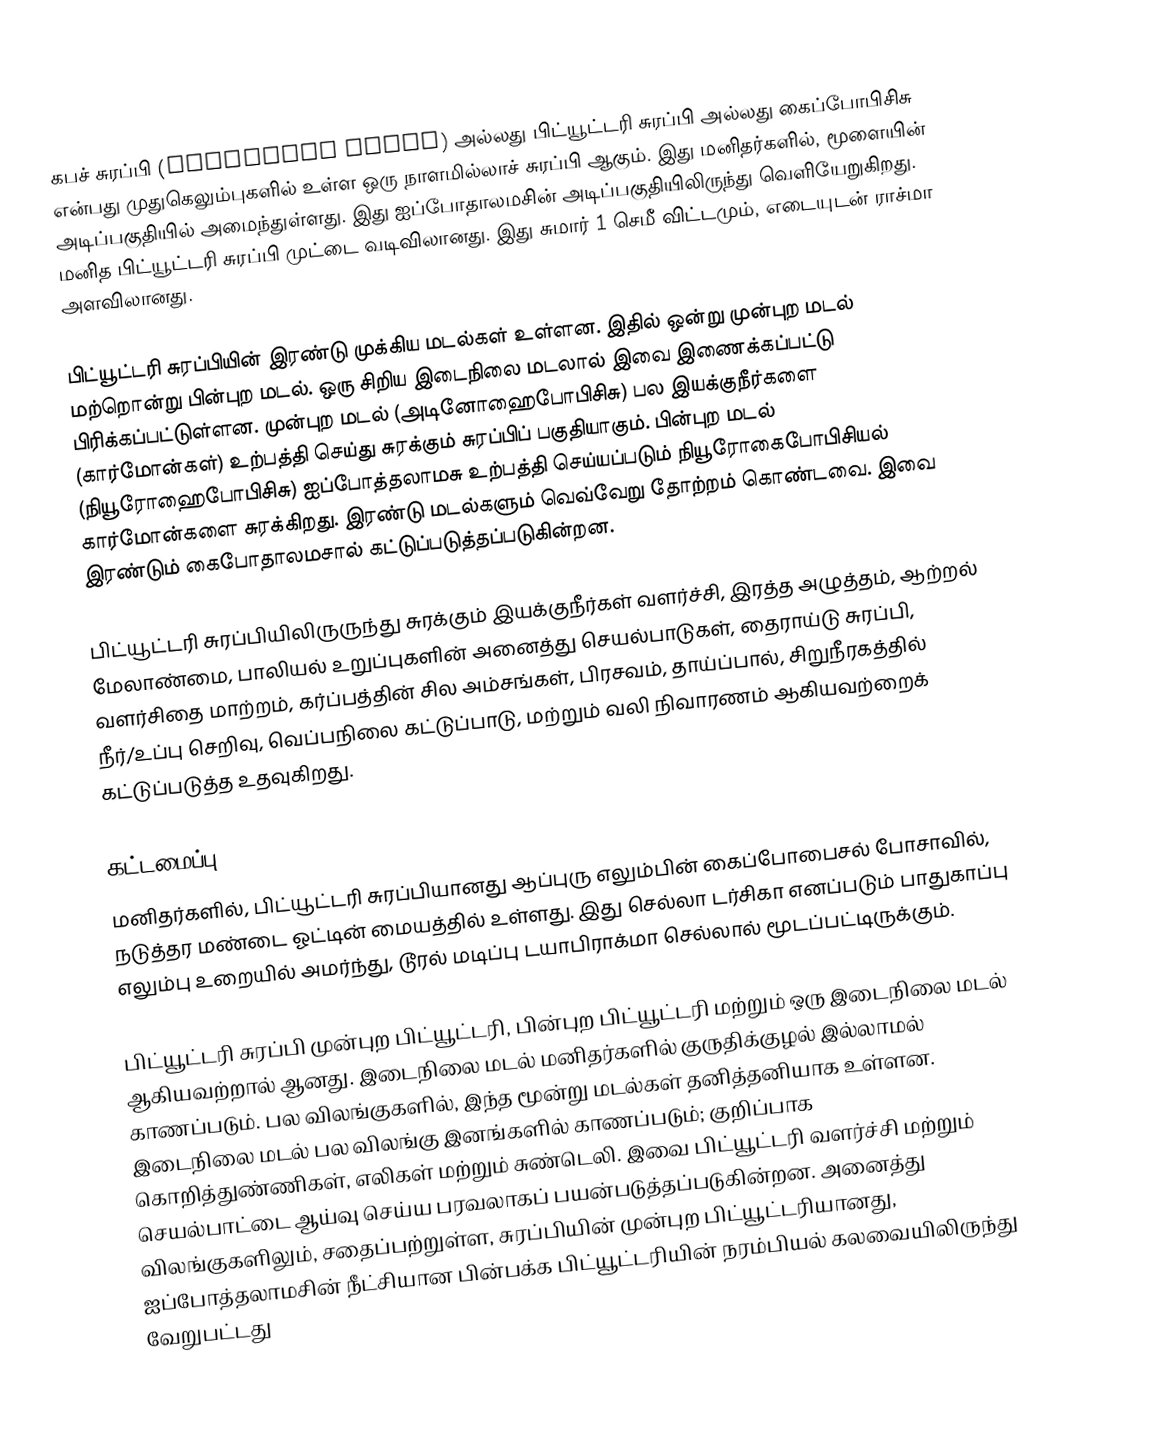
கபச் சுரப்பி (Pituitary gland) அல்லது பிட்யூட்டரி சுரப்பி அல்லது கைப்போபிசிசு என்பது முதுகெலும்புகளில் உள்ள ஒரு நாளமில்லாச் சுரப்பி ஆகும்.  இது மனிதர்களில், மூளையின் அடிப்பகுதியில் அமைந்துள்ளது. இது ஐப்போதாலமசின் அடிப்பகுதியிலிருந்து வெளியேறுகிறது. மனித பிட்யூட்டரி சுரப்பி முட்டை வடிவிலானது. இது சுமார் 1 செமீ விட்டமும்,  எடையுடன் ராச்மா அளவிலானது.

பிட்யூட்டரி சுரப்பியின் இரண்டு முக்கிய மடல்கள் உள்ளன. இதில் ஒன்று முன்புற மடல் மற்றொன்று பின்புற மடல். ஒரு சிறிய இடைநிலை மடலால் இவை இணைக்கப்பட்டு பிரிக்கப்பட்டுள்ளன. முன்புற மடல் (அடினோஹைபோபிசிசு) பல இயக்குநீர்களை (கார்மோன்கள்) உற்பத்தி செய்து சுரக்கும் சுரப்பிப் பகுதியாகும். பின்புற மடல் (நியூரோஹைபோபிசிசு) ஐப்போத்தலாமசு உற்பத்தி செய்யப்படும் நியூரோகைபோபிசியல் கார்மோன்களை சுரக்கிறது. இரண்டு மடல்களும் வெவ்வேறு தோற்றம் கொண்டவை. இவை இரண்டும் கைபோதாலமசால் கட்டுப்படுத்தப்படுகின்றன.

பிட்யூட்டரி சுரப்பியிலிருருந்து சுரக்கும் இயக்குநீர்கள் வளர்ச்சி, இரத்த அழுத்தம், ஆற்றல் மேலாண்மை, பாலியல் உறுப்புகளின் அனைத்து செயல்பாடுகள், தைராய்டு சுரப்பி, வளர்சிதை மாற்றம், கர்ப்பத்தின் சில அம்சங்கள், பிரசவம், தாய்ப்பால், சிறுநீரகத்தில் நீர்/உப்பு செறிவு, வெப்பநிலை கட்டுப்பாடு, மற்றும் வலி நிவாரணம் ஆகியவற்றைக் கட்டுப்படுத்த உதவுகிறது.

கட்டமைப்பு
மனிதர்களில், பிட்யூட்டரி சுரப்பியானது ஆப்புரு எலும்பின் கைப்போபைசல் போசாவில், நடுத்தர மண்டை ஓட்டின் மையத்தில் உள்ளது. இது செல்லா டர்சிகா எனப்படும் பாதுகாப்பு எலும்பு உறையில் அமர்ந்து, டூரல் மடிப்பு டயாபிராக்மா செல்லால் மூடப்பட்டிருக்கும்.

பிட்யூட்டரி சுரப்பி முன்புற பிட்யூட்டரி, பின்புற பிட்யூட்டரி மற்றும் ஒரு இடைநிலை மடல் ஆகியவற்றால் ஆனது. இடைநிலை மடல் மனிதர்களில் குருதிக்குழல் இல்லாமல் காணப்படும். பல விலங்குகளில், இந்த மூன்று மடல்கள் தனித்தனியாக உள்ளன. இடைநிலை மடல் பல விலங்கு இனங்களில் காணப்படும்; குறிப்பாக கொறித்துண்ணிகள், எலிகள் மற்றும் சுண்டெலி. இவை பிட்யூட்டரி வளர்ச்சி மற்றும் செயல்பாட்டை ஆய்வு செய்ய பரவலாகப் பயன்படுத்தப்படுகின்றன. அனைத்து விலங்குகளிலும், சதைப்பற்றுள்ள, சுரப்பியின் முன்புற பிட்யூட்டரியானது, ஐப்போத்தலாமசின் நீட்சியான பின்பக்க பிட்யூட்டரியின் நரம்பியல் கலவையிலிருந்து வேறுபட்டது